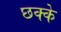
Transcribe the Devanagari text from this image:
छक्‍के